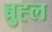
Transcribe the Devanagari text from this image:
ब्रुह्ल